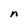
Character: n